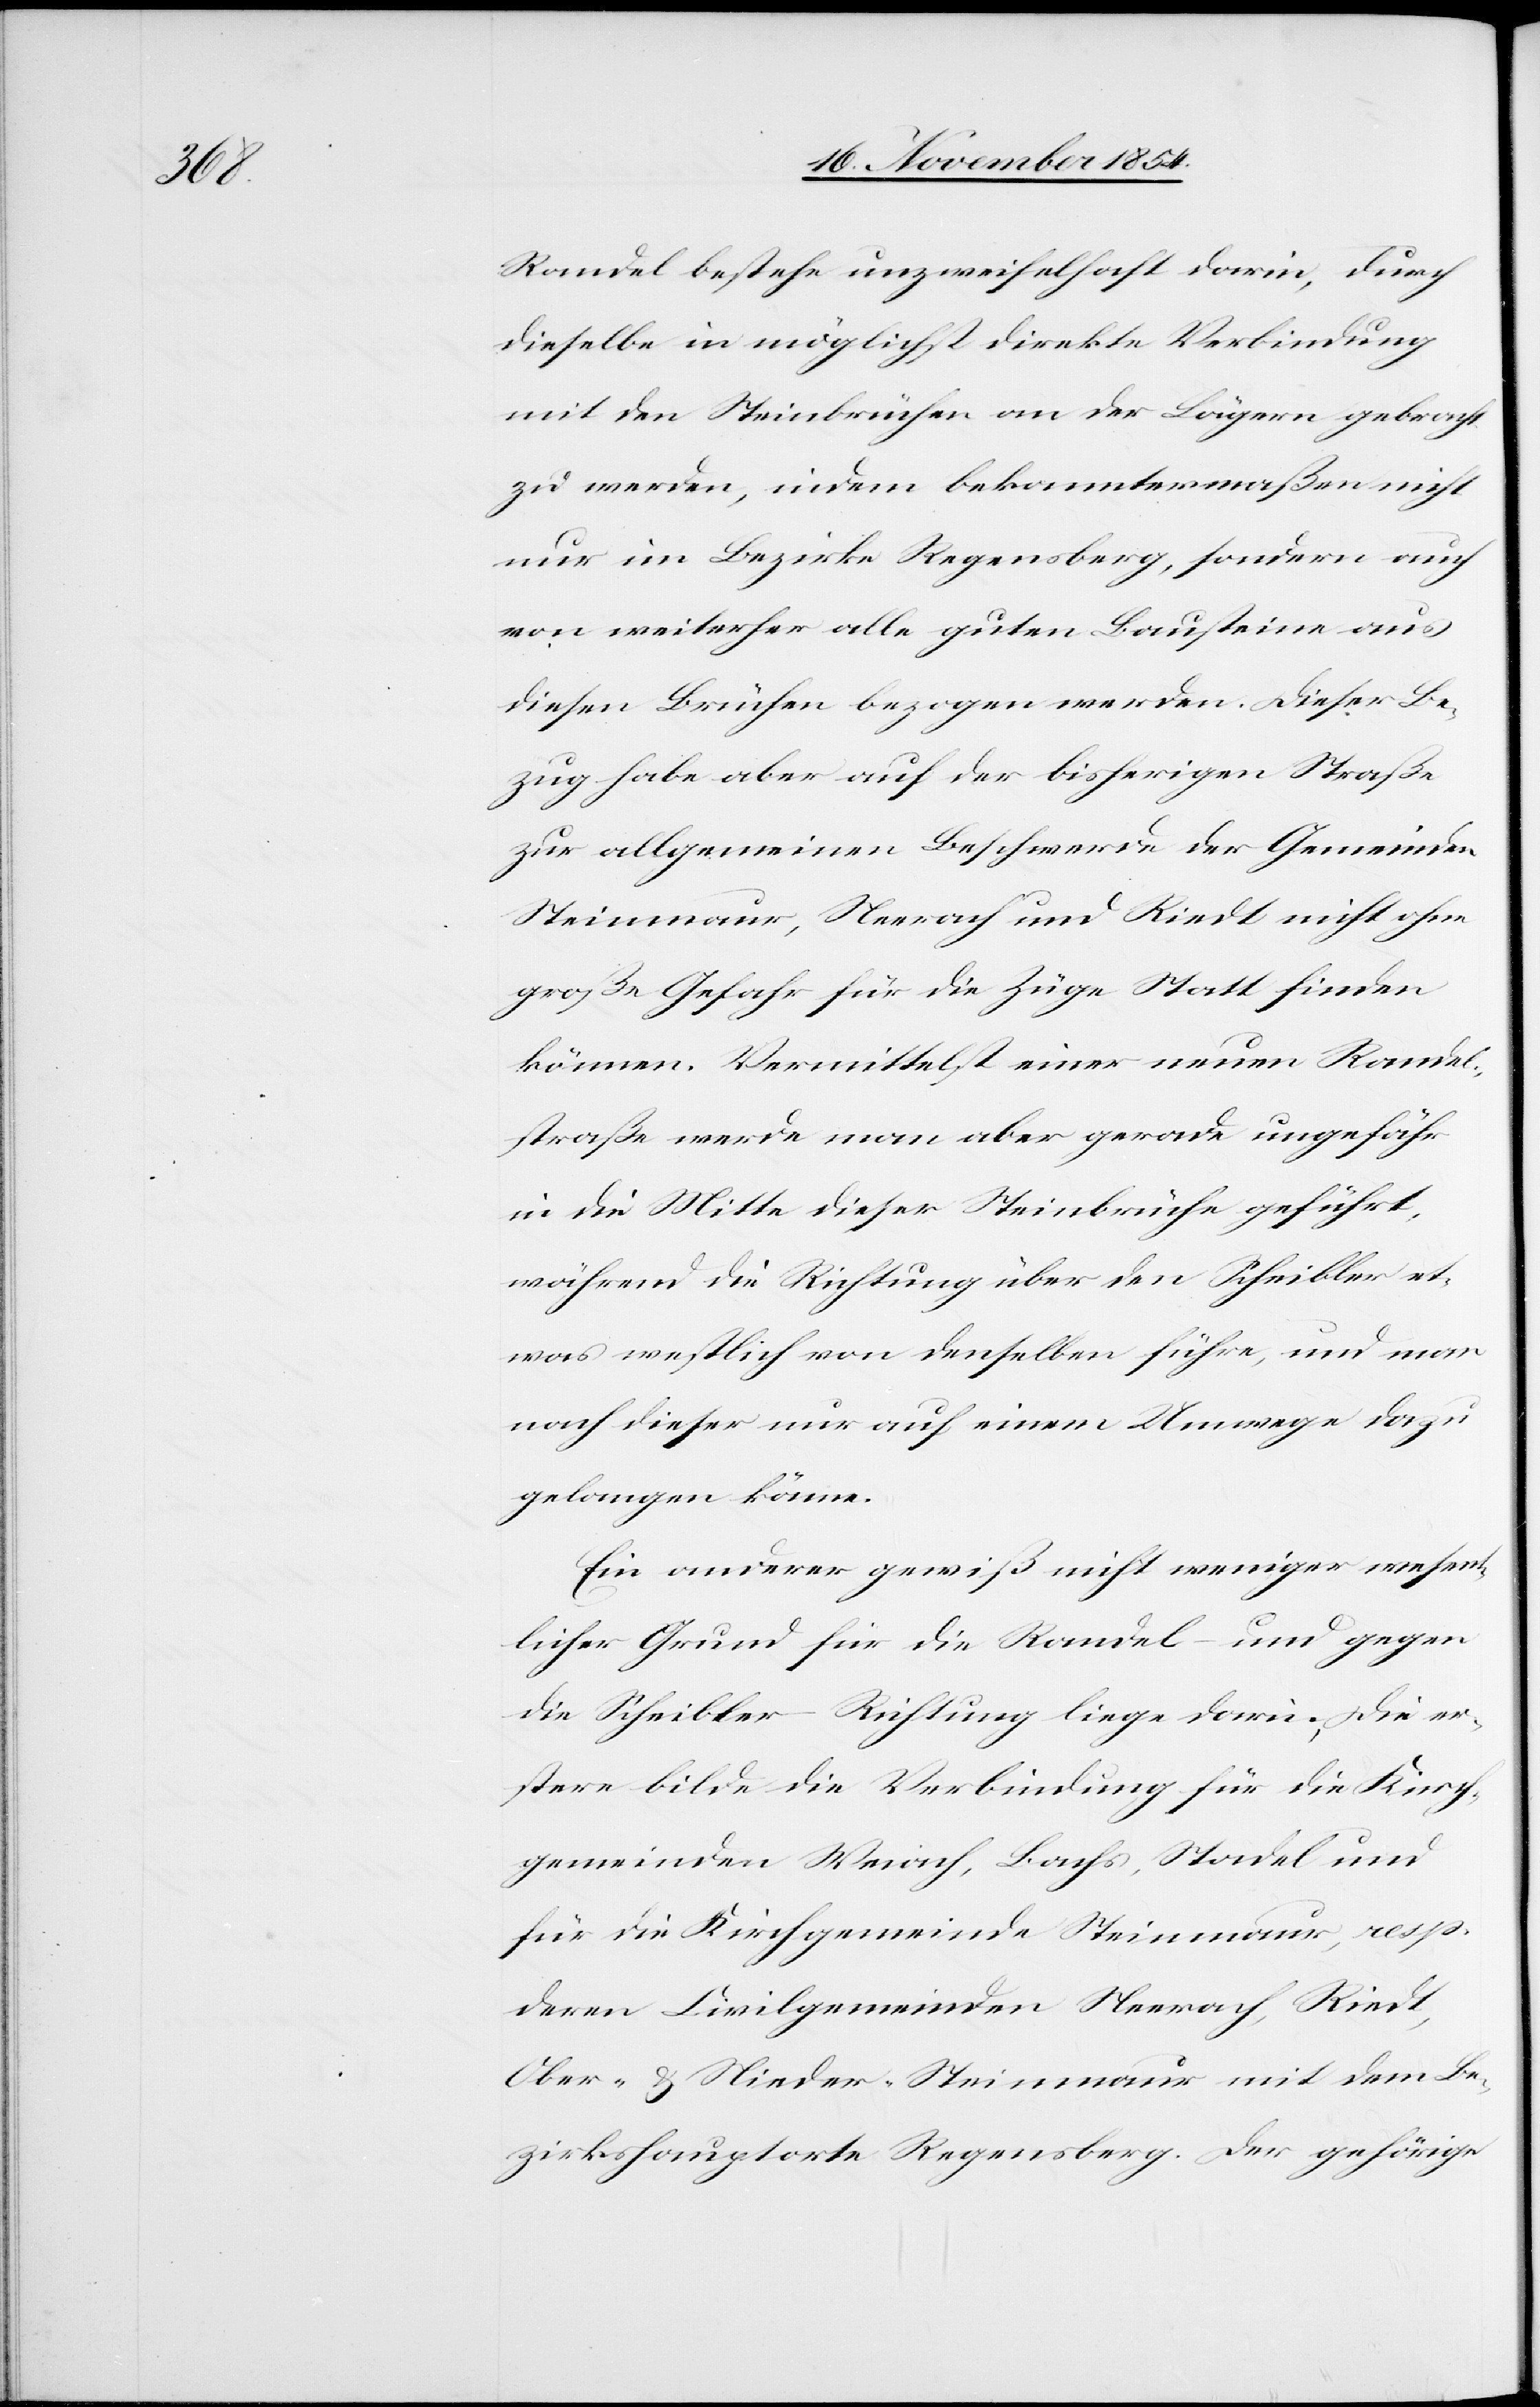
Randel bestehe unzweifelhaft darin, durch
dieselbe in möglichst diskrete Verbindung
mit den Steinbrüchen an der Lägern gebracht
zu werden, indem bekanntermaßen nicht
nur im Bezirke Regensberg, sondern auch
von weiterher alle guten Bausteine aus
diesen Brüchen bezogen werden. Dieser Be¬
zug habe aber auf der bisherigen Straße
zur allgemeinen Beschwerde der Gemeinden
Steinmaur, Neerach und Riedt nicht ohne
große Gefahr für die Züge Statt finden
können. Vermittelst einer neuen Randel¬
straße werde man aber gerade ungefähr
in die Mitte dieser Steinbrüche geführt,
während die Richtung über den Scheibler et¬
was westlich von denselben führe, und man
nach dieser nur auf einem Umwege dazu
gelangen könne.
Ein anderer gewiß nicht weniger wesen¬
tlicher Grund für die Randel- und gegen
die Scheibler-Richtung liege darin; Die er¬
stere bilde die Verbindung für die Kirch¬
gemeinden Weiach, Bachs, Stadel und
für die Kirchgemeinde Steinmaur, resp.
deren Civilgemeinden Neerach, Riedt,
Ober- & Nieder-Steinmaur mit dem Be¬
zirkshauptorte Regensberg. Der gehörige